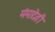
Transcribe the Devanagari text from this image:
मंमादेवी